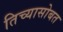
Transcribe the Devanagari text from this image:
तिच्यासोबत